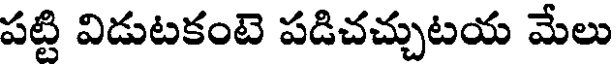
పట్టి విడుటకంటె పడిచచ్చుటయ మేలు